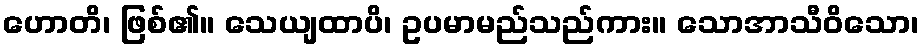
ဟောတိ၊ ဖြစ်၏။ သေယျထာပိ၊ ဥပမာမည်သည်ကား။ သောအာသီဝိသော၊